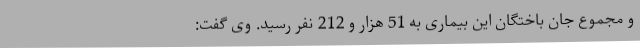
و مجموع جان باختگان این بیماری به 51 هزار و 212 نفر رسید. وی گفت: